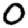
Digit: 0